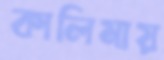
কালিমায়